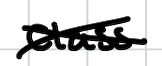
Text: class
Cross-out: cross
Writing tool: digital_black